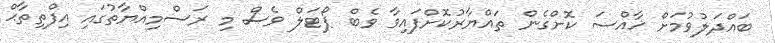
ބައްދަލުވުމަށް ޚާއްސަ ކޮށްގެން ތައްޔާރުކޮށްފައިވާ ވެބް ޕޯޓަލް ވެސް މި ރަސްމިއްޔާތުގައި އިފްތިތާޙް